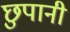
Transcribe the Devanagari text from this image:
छुपानी